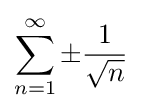
\sum _{n=1}^{\infty }\pm {\frac {1}{\sqrt {n}}}